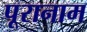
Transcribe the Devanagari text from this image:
पूरानाम